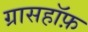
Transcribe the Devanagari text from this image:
ग्रासहॉफ़